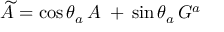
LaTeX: \widetilde { A } = \cos \theta _ { a } \, A \; + \, \sin \theta _ { a } \, G ^ { a } \;